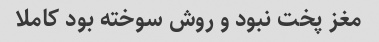
مغز پخت نبود و روش سوخته بود کاملا